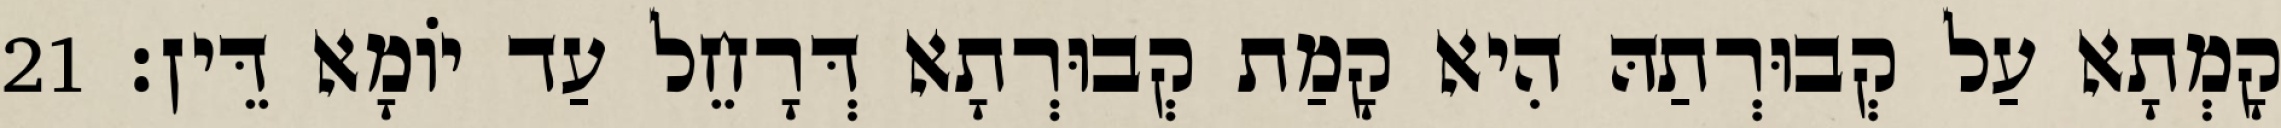
קָמְתָא עַל קְבוּרְתַהּ הִיא קָמַת קְבוּרְתָא דְּרָחֵל עַד יוֹמָא דֵּין׃ 21